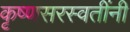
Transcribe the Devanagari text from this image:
कृष्णसरस्वतींनी